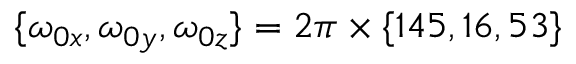
\{ \omega _ { 0 x } , \omega _ { 0 y } , \omega _ { 0 z } \} = 2 \pi \times \{ 1 4 5 , 1 6 , 5 3 \}